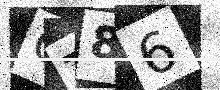
Text: GT86